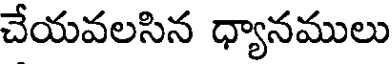
చేయవలసిన ధ్యానములు